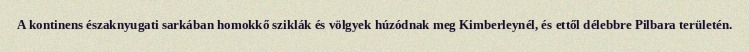
A kontinens északnyugati sarkában homokkő sziklák és völgyek húzódnak meg Kimberleynél, és ettől délebbre Pilbara területén.